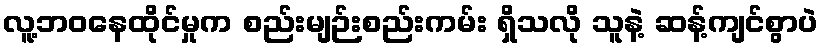
လူ့ဘဝနေထိုင်မှုက စည်းမျဉ်းစည်းကမ်း ရှိသလို သူနဲ့ ဆန့်ကျင်စွာပဲ